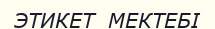
ЭТИКЕТ  МЕКТЕБІ